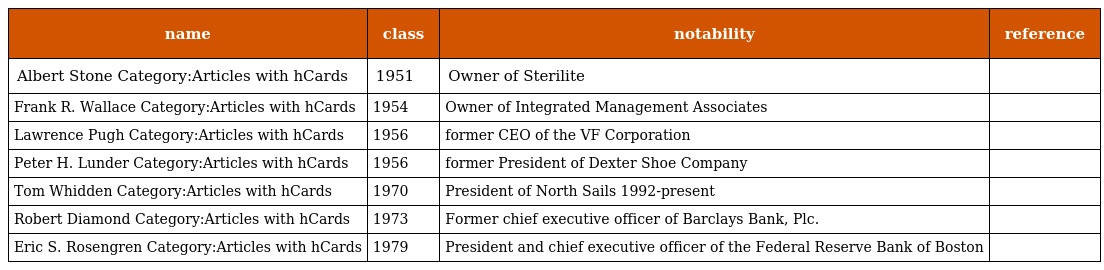
| name | class | notability | reference |
 | --- | --- | --- | --- |
 | Albert Stone Category:Articles with hCards | 1951 | Owner of Sterilite |  |
 | Frank R. Wallace Category:Articles with hCards | 1954 | Owner of Integrated Management Associates |  |
 | Lawrence Pugh Category:Articles with hCards | 1956 | former CEO of the VF Corporation |  |
 | Peter H. Lunder Category:Articles with hCards | 1956 | former President of Dexter Shoe Company |  |
 | Tom Whidden Category:Articles with hCards | 1970 | President of North Sails 1992-present |  |
 | Robert Diamond Category:Articles with hCards | 1973 | Former chief executive officer of Barclays Bank, Plc. |  |
 | Eric S. Rosengren Category:Articles with hCards | 1979 | President and chief executive officer of the Federal Reserve Bank of Boston |  |